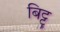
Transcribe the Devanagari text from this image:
बिट्टु